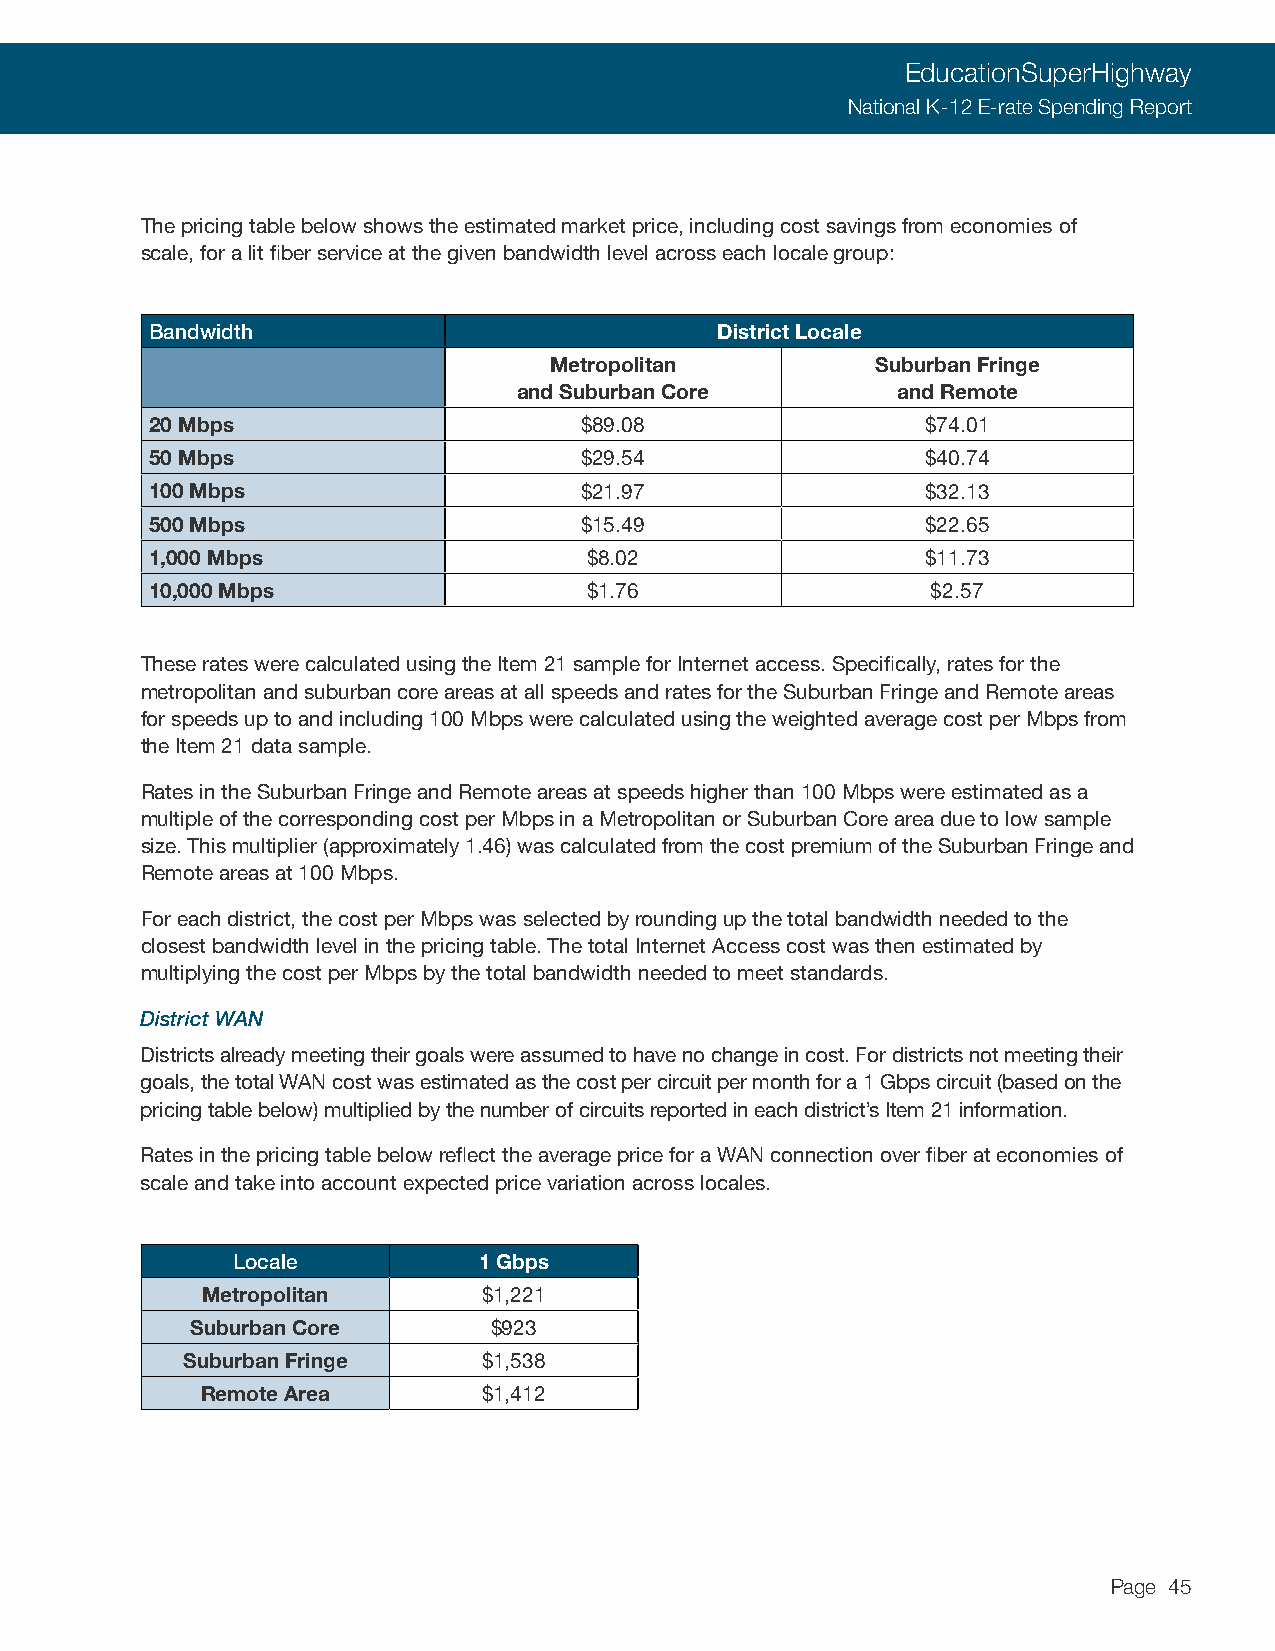
EducationSuperHighway
 National K-12 E-rate Spending Report
 The pricing table below shows the estimated market price, including cost savings from economies of
 scale, for a lit fiber service at the given bandwidth level across each locale group:
 Bandwidth                            District Locale
 Metropolitan          Suburban Fringe
 and Suburban Core        and Remote
 20 Mbps                     $89.08                 $74.01
 50 Mbps                     $29.54                 $40.74
 100 Mbps                    $21.97                 $32.13
 500 Mbps                    $15.49                 $22.65
 1,000 Mbps                   $8.02                 $11.73
 10,000 Mbps                  $1.76                  $2.57
 These rates were calculated using the Item 21 sample for Internet access. Specifically, rates for the
 metropolitan and suburban core areas at all speeds and rates for the Suburban Fringe and Remote areas
 for speeds up to and including 100 Mbps were calculated using the weighted average cost per Mbps from
 the Item 21 data sample.
 Rates in the Suburban Fringe and Remote areas at speeds higher than 100 Mbps were estimated as a
 multiple of the corresponding cost per Mbps in a Metropolitan or Suburban Core area due to low sample
 size. This multiplier (approximately 1.46) was calculated from the cost premium of the Suburban Fringe and
 Remote areas at 100 Mbps.
 For each district, the cost per Mbps was selected by rounding up the total bandwidth needed to the
 closest bandwidth level in the pricing table. The total Internet Access cost was then estimated by
 multiplying the cost per Mbps by the total bandwidth needed to meet standards.
 District WAN
 Districts already meeting their goals were assumed to have no change in cost. For districts not meeting their
 goals, the total WAN cost was estimated as the cost per circuit per month for a 1 Gbps circuit (based on the
 pricing table below) multiplied by the number of circuits reported in each district’s Item 21 information.
 Rates in the pricing table below reflect the average price for a WAN connection over fiber at economies of
 scale and take into account expected price variation across locales.
 Locale           1 Gbps
 Metropolitan       $1,221
 Suburban Core      $923
 Suburban Fringe     $1,538
 Remote Area        $1,412
 Page 45